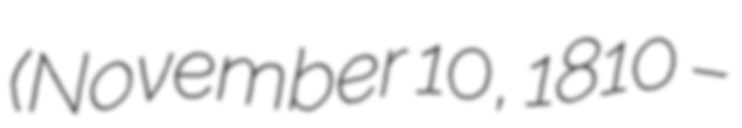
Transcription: (November 10, 1810 –